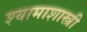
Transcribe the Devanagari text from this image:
श्यामाशास्त्री